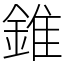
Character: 錐